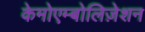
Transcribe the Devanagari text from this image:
केमोएम्बोलिज़ेशन